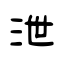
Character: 泄